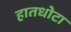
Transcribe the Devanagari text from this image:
हातधोटा